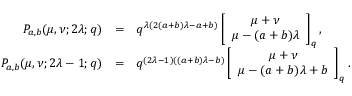
\begin{array} { r c l } { { P _ { a , b } ( \mu , \nu ; 2 \lambda ; q ) } } & { { = } } & { { q ^ { \lambda ( 2 ( a + b ) \lambda - a + b ) } \displaystyle \left[ \begin{array} { c } { { \mu + \nu } } \\ { { \mu - ( a + b ) \lambda } } \end{array} \right] _ { q } , } } \\ { { P _ { a , b } ( \mu , \nu ; 2 \lambda - 1 ; q ) } } & { { = } } & { { q ^ { ( 2 \lambda - 1 ) ( ( a + b ) \lambda - b ) } \displaystyle \left[ \begin{array} { c } { { \mu + \nu } } \\ { { \mu - ( a + b ) \lambda + b } } \end{array} \right] _ { q } . } } \end{array}